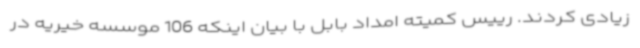
زیادی کردند. رییس کمیته امداد بابل با بیان اینکه 106 موسسه خیریه در